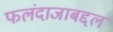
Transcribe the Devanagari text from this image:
फलंदाजाबद्दल